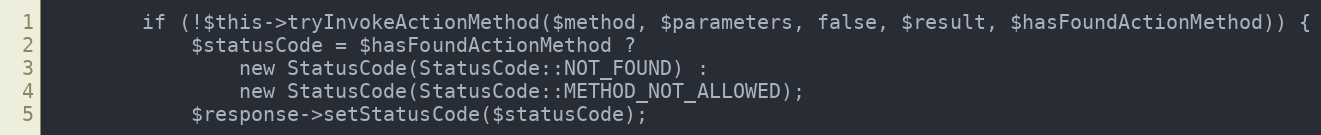
Language: PHP
        if (!$this->tryInvokeActionMethod($method, $parameters, false, $result, $hasFoundActionMethod)) {
            $statusCode = $hasFoundActionMethod ?
                new StatusCode(StatusCode::NOT_FOUND) :
                new StatusCode(StatusCode::METHOD_NOT_ALLOWED);
            $response->setStatusCode($statusCode);